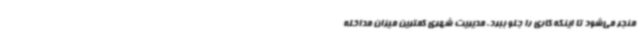
منجر می‌شود تا اینکه کاری را جلو ببرد. مدیریت شهری کمترین میزان مداخله